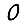
Digit: 0